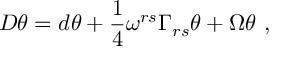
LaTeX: D \theta = d \theta + \frac { 1 } { 4 } \omega ^ { r s } \Gamma _ { r s } \theta + \Omega \theta ~ ,